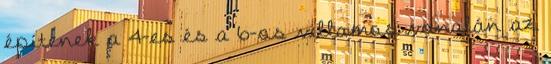
építenek a 4-es és a 6-os villamos vonalán az